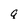
Character: q